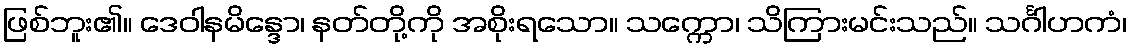
ဖြစ်ဘူး၏။ ဒေဝါနမိန္ဒော၊ နတ်တို့ကို အစိုးရသော။ သက္ကော၊ သိကြားမင်းသည်။ သင်္ဂါဟကံ၊